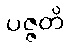
ပဇ္ဇတိ